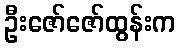
ဦးဇော်ဇော်ထွန်းက